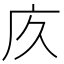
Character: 㡱